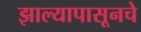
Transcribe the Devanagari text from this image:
झाल्यापासूनचे